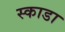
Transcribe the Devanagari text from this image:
स्काडा